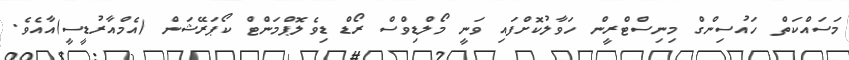
މަސައްކަތް ހައުސިންގް މިނިސްޓްރީން ހަވާލުކޮށްފައި ވަނީ މޯލްޑިވްސް ރޯޑް ޑިވެލޮޕްމަންޓް ކޯޕަރޭޝަން (އެމްއާރުޑީސީ)އާއެވެ.